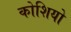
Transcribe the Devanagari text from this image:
कोशियो